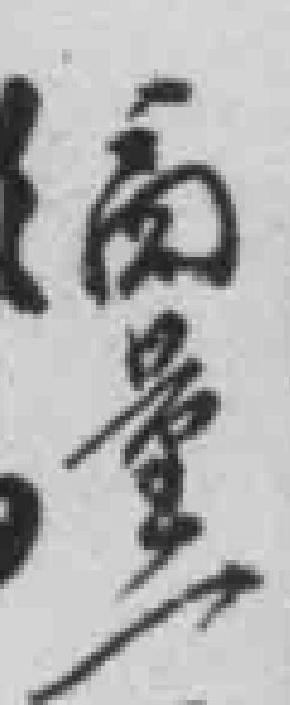
商量